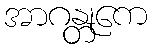
အာဂန္တုကေ